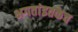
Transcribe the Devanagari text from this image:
भगतांइतकेच